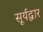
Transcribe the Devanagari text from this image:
सूर्यद्वार